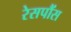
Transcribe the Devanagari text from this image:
रेसपौंस